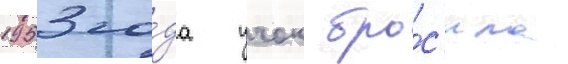
1953 го́да учок бро́с'ила